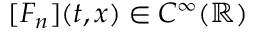
[ F _ { n } ] ( t , x ) \in C ^ { \infty } ( { \mathbb R } )